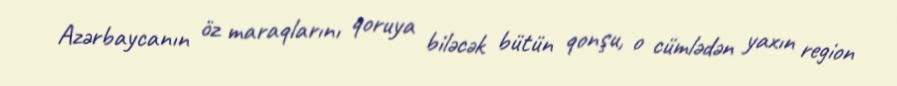
Azərbaycanın öz maraqlarını qoruya biləcək bütün qonşu, o cümlədən yaxın region